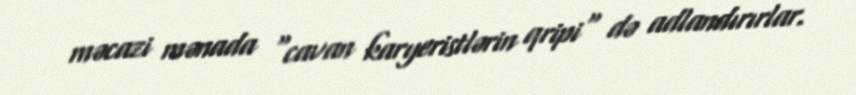
məcazi mənada "cavan karyeristlərin qripi" də adlandırırlar.